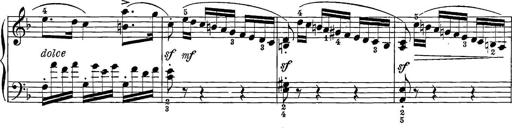
Title: 12 Sonatine per Pianoforte
Composer: Friedrich Kuhlau